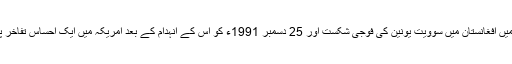
1989ء میں افغانستان میں سوویت یونین کی فوجی شکست اور 25 دسمبر 1991ء کو اس کے انہدام کے بعد امریکہ میں ایک احساسِ تفاخر پیدا ہو گیا۔